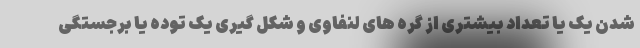
شدن یک یا تعداد بیشتری از گره های لنفاوی و شکل گیری یک توده یا برجستگی